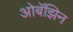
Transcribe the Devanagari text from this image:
ओबॅझिन